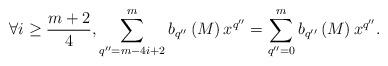
LaTeX: \begin{align*} \forall i\geq \frac{m+2}{4}, \sum_{q''=m-4i+2}^{m}b_{q''}\left(M\right)x^{q''}=\sum_{q''=0}^{m}b_{q''}\left(M\right)x^{q''}. \end{align*}